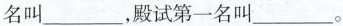
名叫___，殿试第一名叫___。